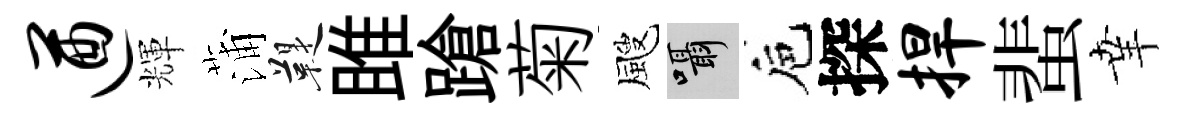
遒輝蒲鞮雎蹌菊颼囁巵探捍蜚𦍒